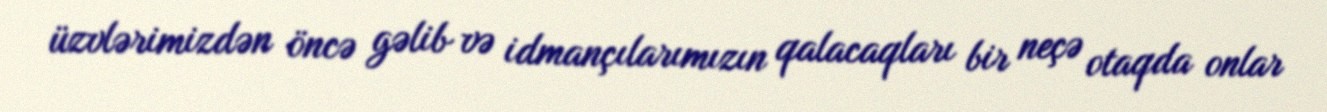
üzvlərimizdən öncə gəlib və idmançılarımızın qalacaqları bir neçə otaqda onlar